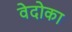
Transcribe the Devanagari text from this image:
वेदोका